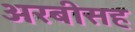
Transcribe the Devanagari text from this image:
अरबीसह